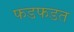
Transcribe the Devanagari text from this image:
फडफडत